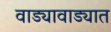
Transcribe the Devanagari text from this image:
वाड्यावाड्यात